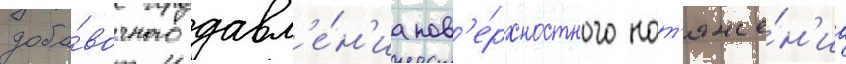
доба́вочного давл'е́н'иа пов'е́рхностного нат'яже́н'иа